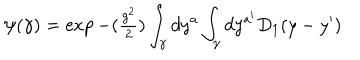
\psi ( \gamma ) = \exp { - ( { \textstyle { \frac { g ^ { 2 } } { 2 } } } ) \int _ { \gamma } d y ^ { a } \int _ { \gamma } d y ^ { a ^ { \prime } } D _ { 1 } ( y - y ^ { \prime } ) }